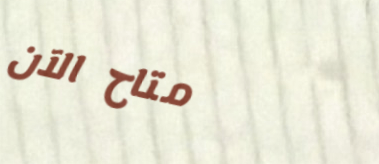
متاح الآن